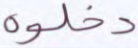
دخلوه